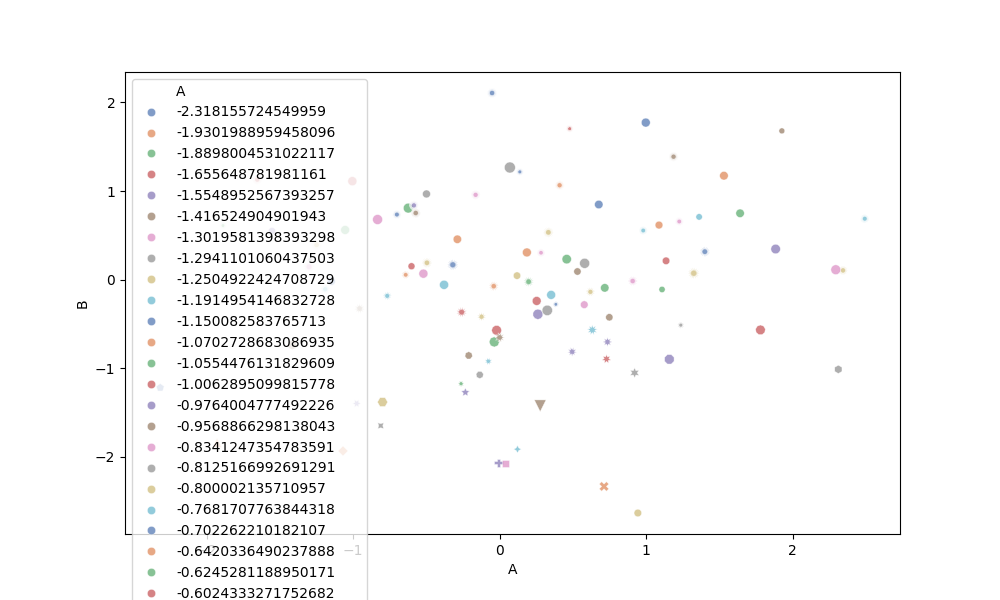
python, seaborn, scatterplot, hue='A', style='B', size='C', palette='deep', alpha=0.7